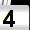
Digit: 4